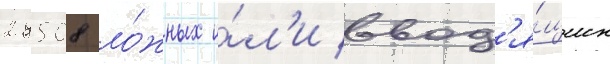
29508 ло́жных и́л'и ввод'я́щих